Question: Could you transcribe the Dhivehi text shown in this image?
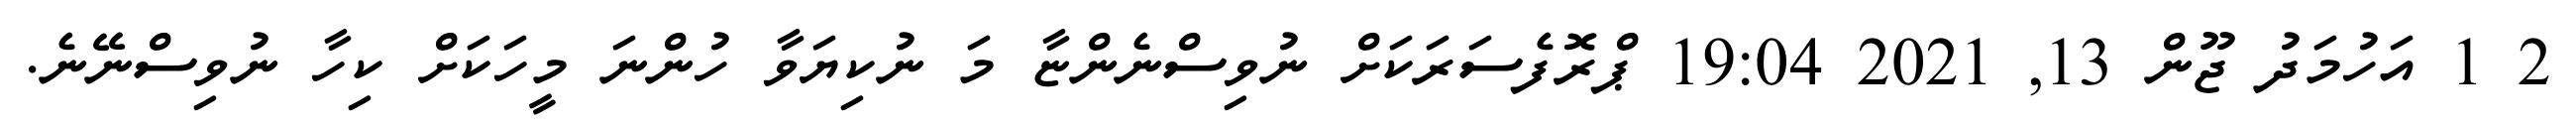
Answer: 2 1 އަހުމަދު ޖޫން 13, 2021 19:04 ޕްރޮފެސަރަކަށް ނުވިސްނެންޏާ މަ ނުކިޔަވާ ހުންނަ މީހަކަށް ކިހާ ނުވިސްނޭނެ.